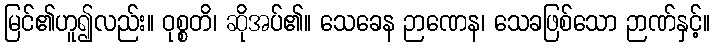
မြင်၏ဟူ၍လည်း။ ဝုစ္စတိ၊ ဆိုအပ်၏။ သေခေန ဉာဏေန၊ သေခဖြစ်သော ဉာဏ်နှင့်။